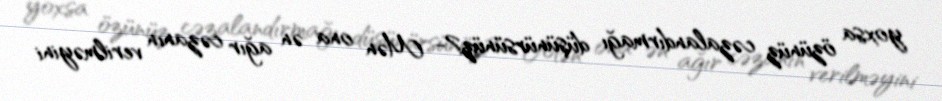
yoxsa özünüz cəzalandırmağı düşünürsünüz?- Mən ona ən ağır cəzanın verilməyini